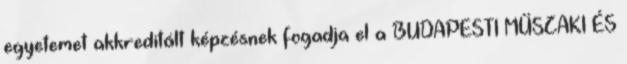
egyetemet akkreditált képzésnek fogadja el a BUDAPESTI MŰSZAKI ÉS